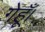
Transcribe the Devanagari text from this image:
गेहूँ।